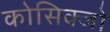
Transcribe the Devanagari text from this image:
कोसिक्जो